Annual report of the Punjab Veterinary College and of the Civil Veterinary Department, Punjab - 1894-1908
Year: 1894
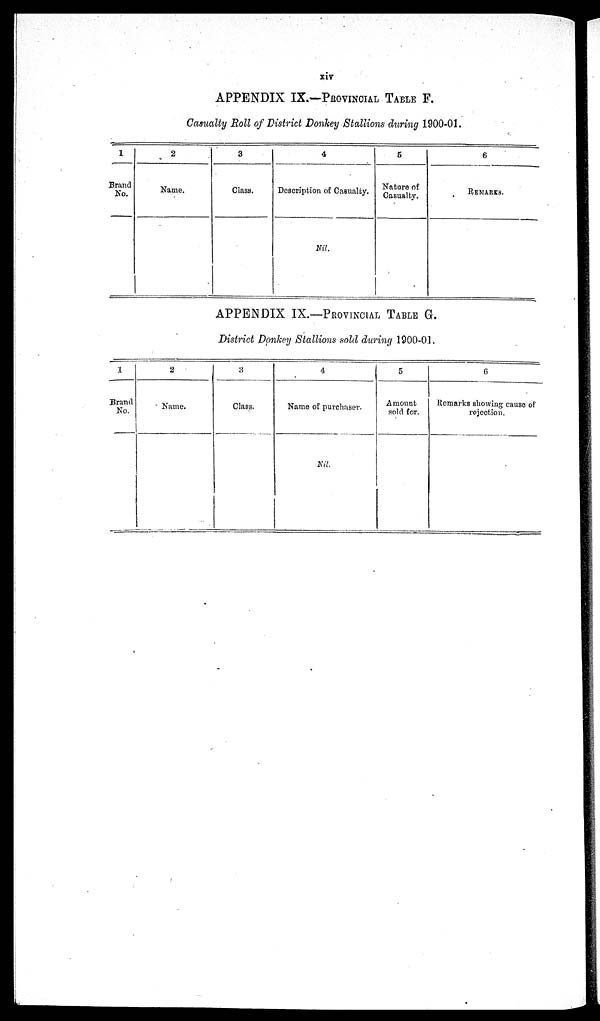
xiv
APPENDIX IX.—PROVINCIAL TABLE F.
Casualty Roll of District Donkey Stallions during 1900-01.
1
Brand
No.
2
Name.
3
Class.
4
Description of Casualty.
Nil.
5
Nature of
Casualty.
6
REMARKS.
APPENDIX IX.—PROVINCIAL TABLE G.
District Donkey Stallions sold during 1900-01.
1
Brand
No.
2
Name.
3
Class.
4
Name of purchaser.
Nil.
5
Amount
sold for.
6
Remarks showing cause of
rejection.